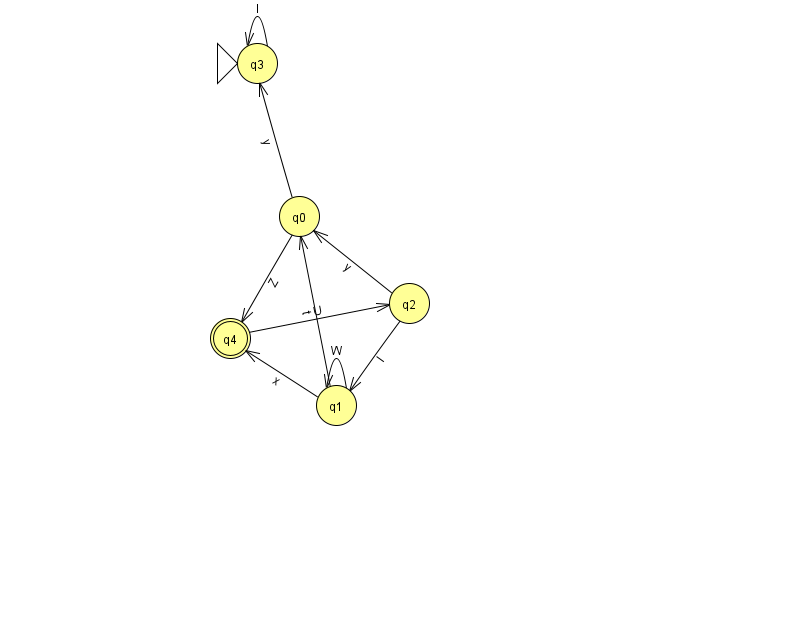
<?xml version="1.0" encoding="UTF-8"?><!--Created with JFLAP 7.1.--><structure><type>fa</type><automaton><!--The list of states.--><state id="0" name="q0"><x>299.0</x><y>203.0</y></state><state id="1" name="q1"><x>336.0</x><y>392.0</y></state><state id="2" name="q2"><x>409.0</x><y>290.0</y></state><state id="3" name="q3"><x>257.0</x><y>50.0</y><initial/></state><state id="4" name="q4"><x>230.0</x><y>325.0</y><final/></state><!--The list of transitions.--><transition><from>2</from><to>1</to><read>I</read></transition><transition><from>0</from><to>4</to><read>Z</read></transition><transition><from>1</from><to>1</to><read>W</read></transition><transition><from>0</from><to>3</to><read>y</read></transition><transition><from>2</from><to>0</to><read>y</read></transition><transition><from>4</from><to>2</to><read>U</read></transition><transition><from>3</from><to>3</to><read>l</read></transition><transition><from>1</from><to>0</to><read>t</read></transition><transition><from>1</from><to>4</to><read>x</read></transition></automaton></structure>